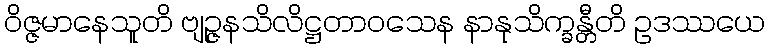
ဝိဇ္ဇမာနေသူတိ ဗျဉ္ဇနသိလိဋ္ဌတာဝသေန နာနုသိက္ခန္တီတိ ဥဒဿယေ